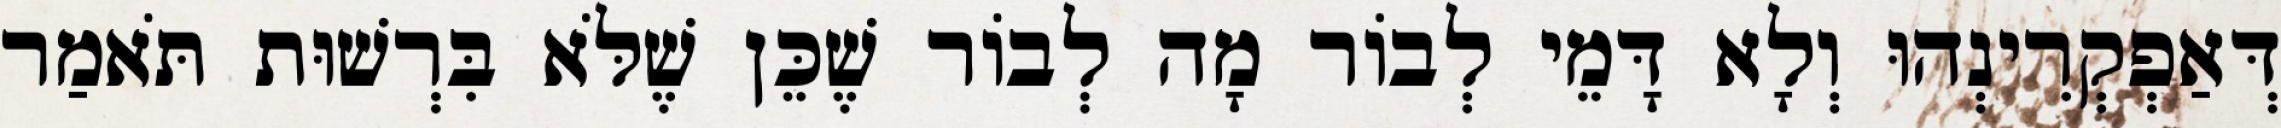
דְּאַפְקְרִינְהוּ וְלָא דָּמֵי לְבוֹר מָה לְבוֹר שֶׁכֵּן שֶׁלֹּא בִּרְשׁוּת תֹּאמַר